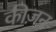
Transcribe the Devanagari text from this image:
कीज़न